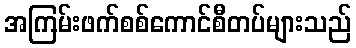
အကြမ်းဖက်စစ်ကောင်စီတပ်များသည်